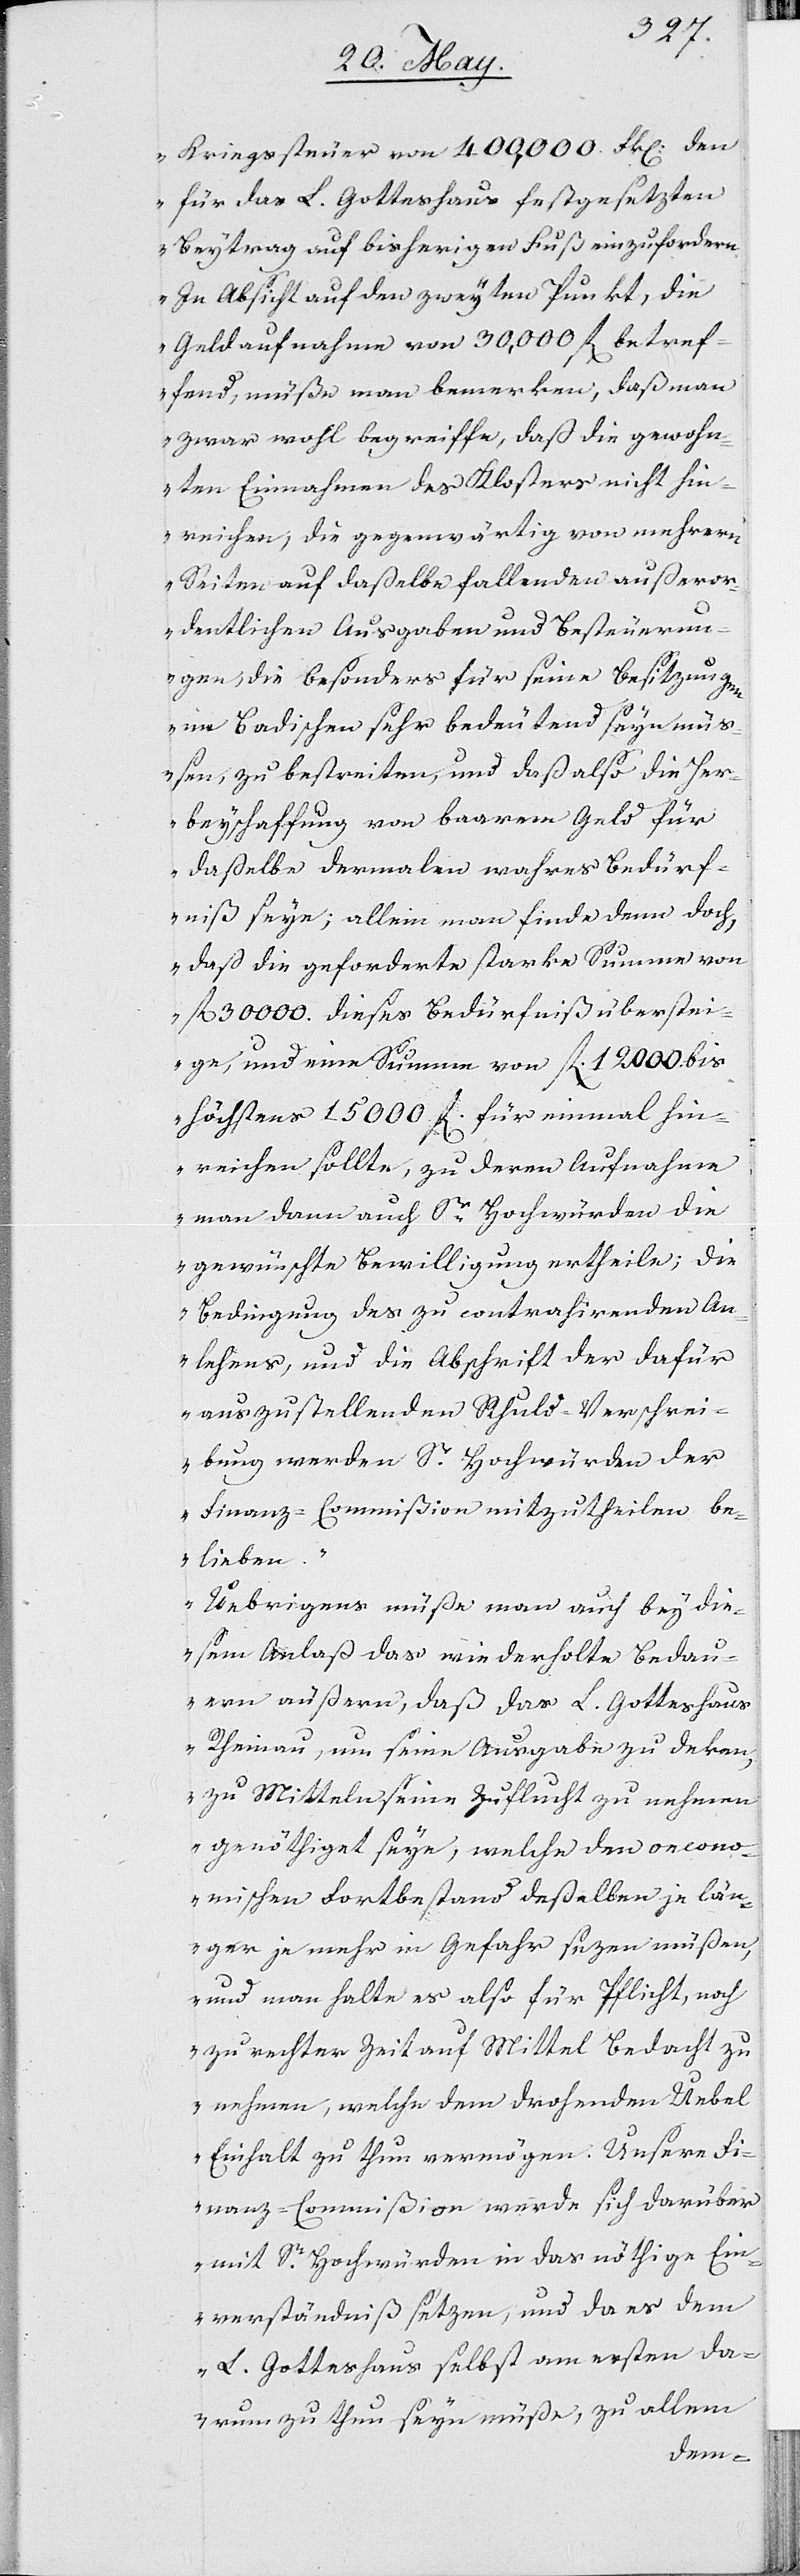
Kriegssteuer von 400,000. Frk. den
für das L. Gottshaus festgesetzten
Beytrag auf bisherigen Fuß einzufordern.
In Absicht auf den zweyten Punkt, die
Geldaufnahme von 30,000. fl betref¬
fend, müße man bemerken, daß man
zwar noch begreiffe, daß die gewohn¬
ten Einnahmen des Klosters nicht hin¬
reichen, die gegenwärtig von mehrern
Seiten auf daßelbe fallenden außeror¬
dentlichen Ausgaben und Besteuerun¬
gen, die besonders für seine Besitzungen
im Badischen sehr bedeutend seyn müß¬
en, zu bestreiten, und daß also die Her¬
beyschaffung von baarem Geld für
daßelbe dermahlen wahres Bedürf¬
niß seye; allein man finde denn doch,
daß die geforderte starke Summe von
fl 30000. dieses Bedürfniß überstei¬
ge, und eine Summe von fl 12000. bis
höchstens 15000. fl für einmal für¬
reichen sollte, zu deren Aufnahme
man dann auch Sr. Hochwürden die
gewünschte Bewilligung ertheile; die
Bedingung des zu contahierenden An¬
lehens, und die Abschrift der dafür
auszustellenden Schuld-Verschrei¬
bung werden Se. Hochwürden der
Finanz-Commißion mitzutheilen be¬
lieben.
Übrigens müße man auch bey die¬
sem Anlaß das wiederholte Bedau¬
ern äußern, daß das L. Gottshaus
Rheinau, um seine Ausgaben zu deken,
zu Mitteln seine Zuflucht zu nehmen
genöthiget seye, welche den oecono¬
mischen Fortbestand deßelben je län¬
ger je mehr in Gefahr sezen müßen,
und man halte es also für Pflicht, noch
zu rechter Zeit auf Mittel Bedacht zu
nehmen, welche dem drohenden Uebel
Einhalt zu thun vermögen. Unsere Fi¬
nanz-Commißion werde sich darüber
mit Sr. Hochwürden in das nöthige Ein¬
verständnis setzen, und da es dem
L. Gotteshaus selbst am ersten da¬
ran zu thun seyn müße; zu allem